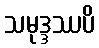
သမုဒ္ဒဿပိ